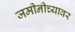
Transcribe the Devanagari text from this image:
जमीनीच्यावर